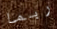
ربما